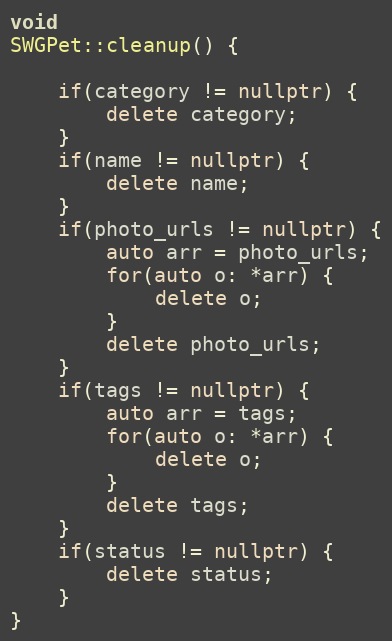
Language: C++
void
SWGPet::cleanup() {

    if(category != nullptr) {
        delete category;
    }
    if(name != nullptr) {
        delete name;
    }
    if(photo_urls != nullptr) {
        auto arr = photo_urls;
        for(auto o: *arr) {
            delete o;
        }
        delete photo_urls;
    }
    if(tags != nullptr) {
        auto arr = tags;
        for(auto o: *arr) {
            delete o;
        }
        delete tags;
    }
    if(status != nullptr) {
        delete status;
    }
}